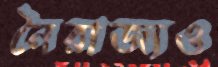
নৈরাজ্যও